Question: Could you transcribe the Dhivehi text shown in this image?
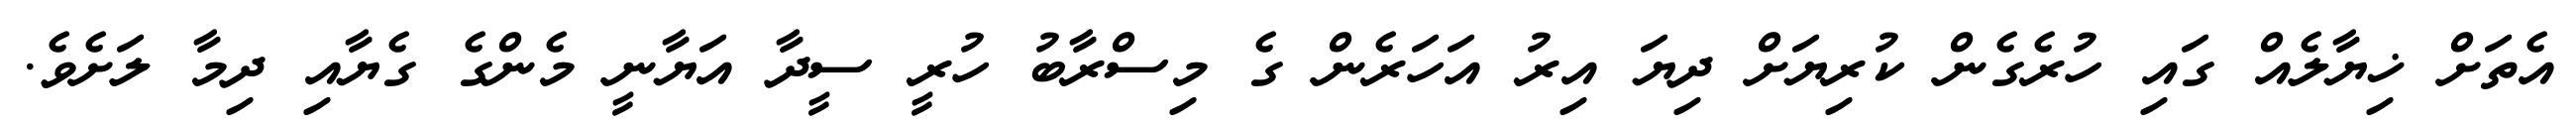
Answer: އެތަށް ޚިޔާލެއް ގައި ހުރެގެން ކުރިޔަށް ދިޔަ އިރު އަހަރެން ގެ މިސްރާބު ހުރީ ސީދާ އަޔާނީ މެންގެ ގެޔާއި ދިމާ ލަށެވެ.